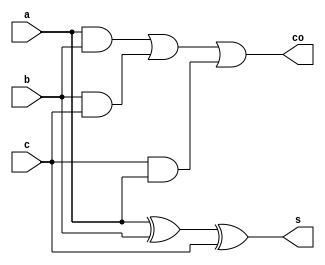
module fa(a,b,c,s,co);
input a,b,c;
output s,co;
assign s=a^b^c;
assign co=a&b|b&c|c&a;
endmodule